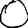
Digit: 0